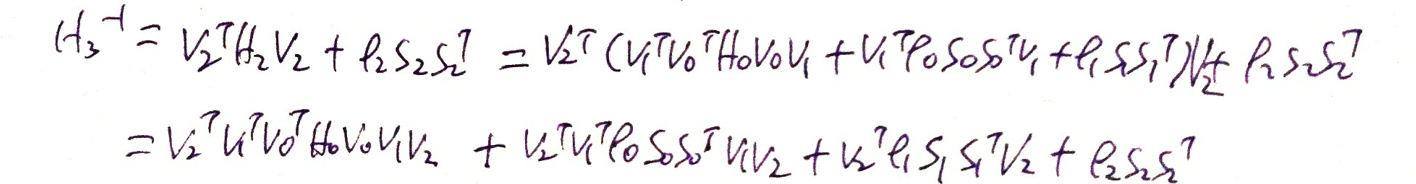
\[
\begin{align*}
\mathcal{H}_3^{\dagger}&=V_2^{\dagger}\mathcal{H}_2V_2 + \rho_2S_2S_2^{\dagger}=V_2^{\dagger}(V_1^{\dagger}V_0^{\dagger}\mathcal{H}_0V_0V_1 + V_1^{\dagger}\rho_0S_0S_0^{\dagger}V_1+\rho_1S_1S_1^{\dagger})V_2+\rho_2S_2S_2^{\dagger}\\
&=V_2^{\dagger}V_1^{\dagger}V_0^{\dagger}\mathcal{H}_0V_0V_1V_2 + V_2^{\dagger}V_1^{\dagger}\rho_0S_0S_0^{\dagger}V_1V_2+V_2^{\dagger}\rho_1S_1S_1^{\dagger}V_2 + \rho_2S_2S_2^{\dagger}
\end{align*}
\]